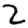
Digit: 2